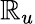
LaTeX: \mathbb{R}_{u}